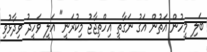
ބަލި މީހުން އަތުން އަގު ނަގާތީ އިހްތިޖާޖު މިކުރަނީ" އަލީ ވަހީދު ވިދާޅުވި